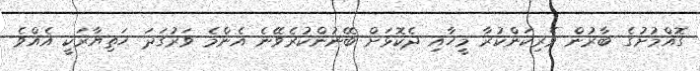
ގޮއްމުށުގެ ބާރުން ވެރިކަންކުރާ މީހާއި ދެކޮޅަށް ބޭނުންކުރެވޭނެ އެންމެ ވަރުގަދަ ހަތިޔާރަކީ އެއްވެ